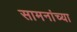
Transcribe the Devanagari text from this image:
सामनांच्या